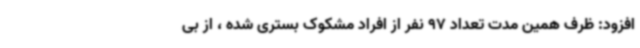
افزود: ظرف همین مدت تعداد 97 نفر از افراد مشکوک بستری شده ، از بی